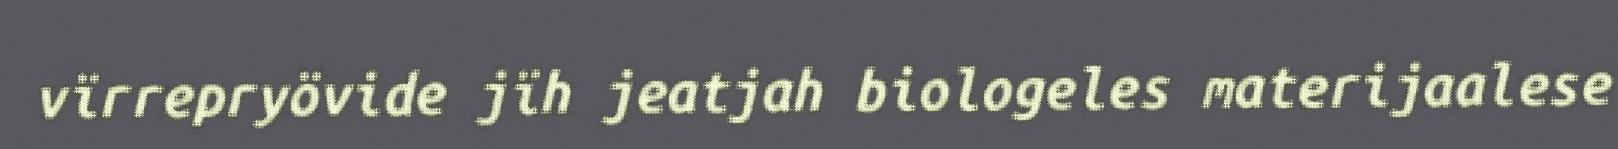
vïrrepryövide jïh jeatjah biologeles materijaalese